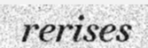
rerises